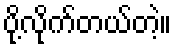
ပို့လိုက်တယ်တဲ့။